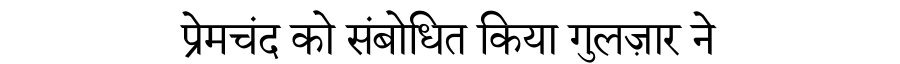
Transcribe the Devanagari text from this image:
प्रेमचंद को संबोधित किया गुलज़ार ने